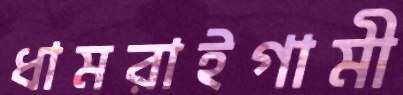
ধামরাইগামী